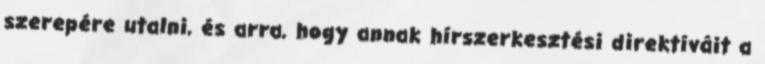
szerepére utalni, és arra, hogy annak hírszerkesztési direktíváit a